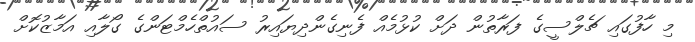
މި ހާފުގައި ޗެލްސީގެ ފަރާތުން ދަށް ކުޅުމެއް ފެނިގެންދިޔައިރު ސައުތްހެމްޓަންގެ ގޯލާއި އަމާޒުކޮށް